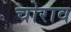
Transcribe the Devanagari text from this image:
चोराव